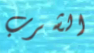
الشرب